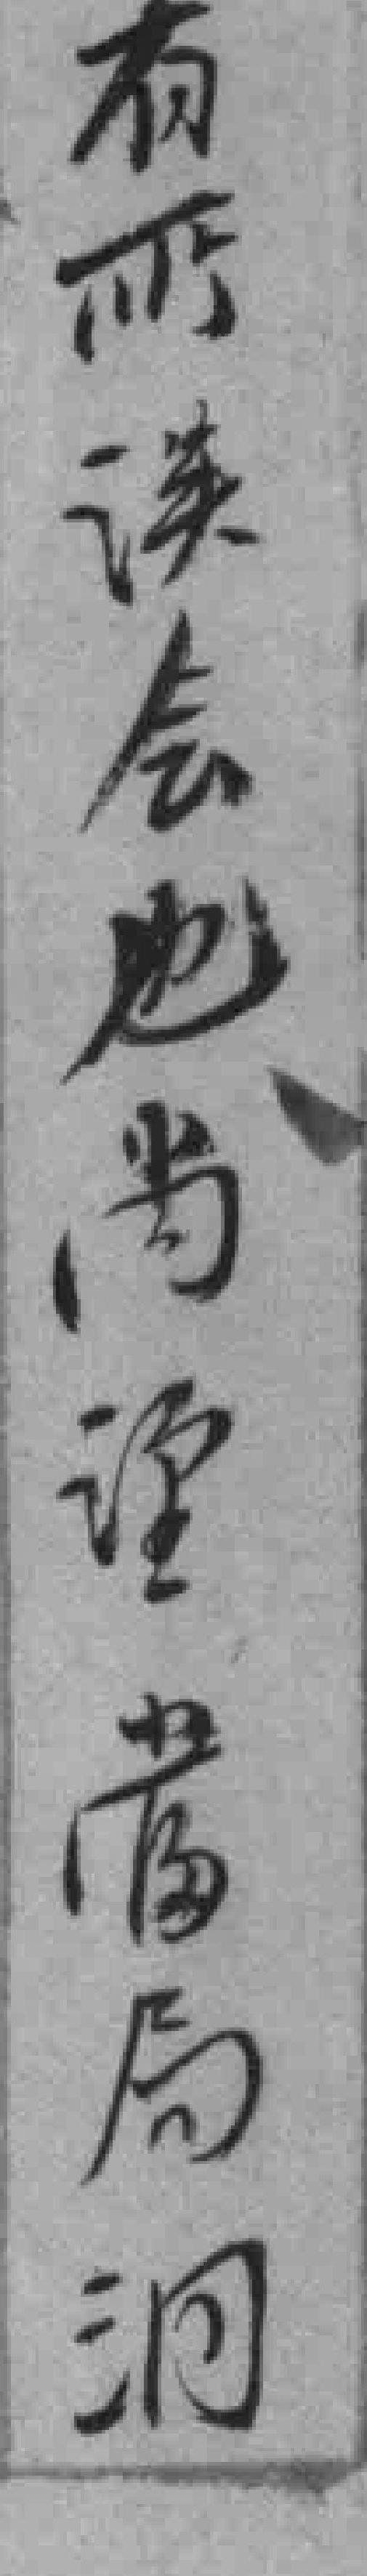
有所误会也尚*當局洞